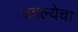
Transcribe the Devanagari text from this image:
अहल्येचा